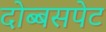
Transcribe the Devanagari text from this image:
दोब्बसपेट